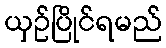
ယှဉ်ပြိုင်ရမည်